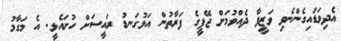
އެދިވަޑައިގެންނެވި ވަޒީފާ ދެއްވުމަށް ޖޭޕީގެ ފަރާތުން އަޅުގަނޑު ރައީސަށް ހުށައެޅީ. އެ މަގާމު